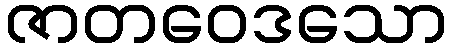
ဇာတဝေဒသော